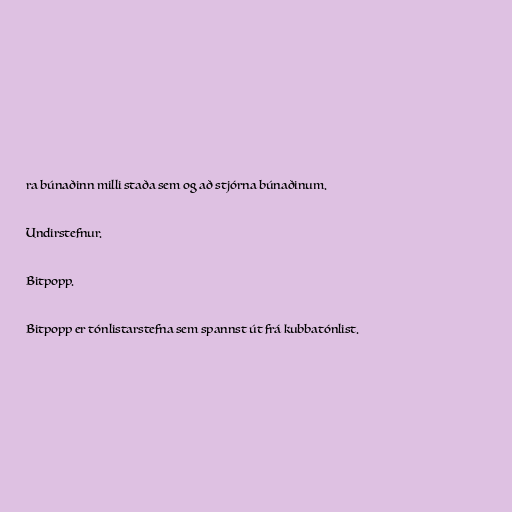
ra búnaðinn milli staða sem og að stjórna búnaðinum.

Undirstefnur.

Bitpopp.

Bitpopp er tónlistarstefna sem spannst út frá kubbatónlist.